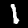
Label: 1